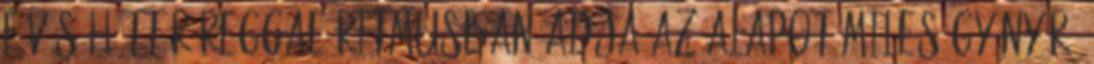
fúvós háttér reggae ritmusban adja az alapot Miles gyönyörű